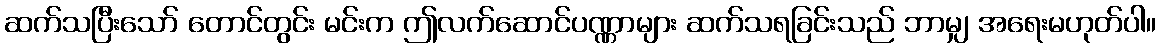
ဆက်သပြီးသော် တောင်တွင်း မင်းက ဤလက်ဆောင်ပဏ္ဏာများ ဆက်သရခြင်းသည် ဘာမျှ အရေးမဟုတ်ပါ။